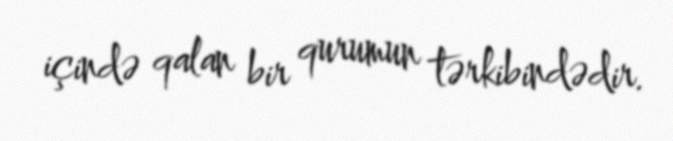
içində qalan bir qurumun tərkibindədir.